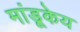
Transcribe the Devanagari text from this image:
मांडूकेय